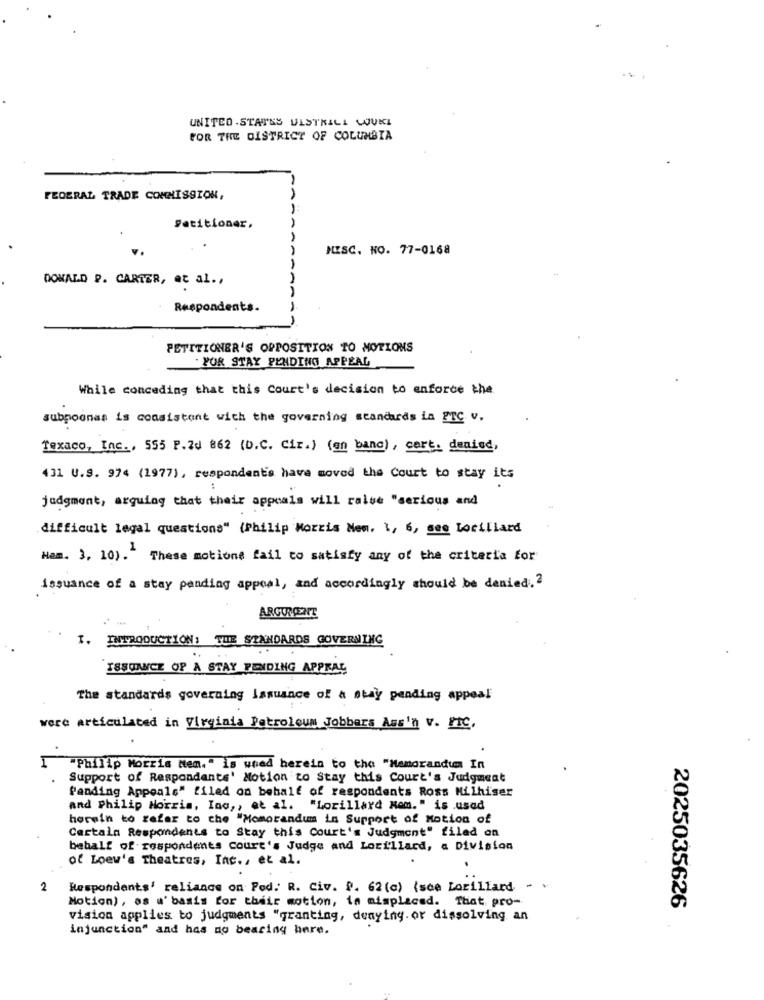
UNITED -STATES ULSTRILL LOVKL
FOR THE DISTRICT OF COLUMBIA
FEDERAL TRADE COMMISSION,
1
1
Petitioner.
MISC. NO. 77-0168
DONALD P. CARTER, et al .,
Respondents.
PETITIONER'S OPPOSITION TO MOTIONS
. FOR STAY PENDING APPEAL
While conceding that this Court's decision to enforce the
subpoones is consistent with the governing standards in ETC. v.
Texaco, Inc ., 555 P.20 862 (b.C. Cir.) (en banc), cert. denied,
431 U.S. 974 (1977), respondents have moved the Court to stay its
judgment, arguing that their appeals will raise "serious and
difficult legal questions" (Philip Morris Nem. 1, 6, see Lorillard
Ham. 3, 10).2
These motions fail to satisfy any of the criteria for
issuance of a stay pending appeal, and accordingly should be denied. 2
ARGTRONT
I. INTRODUCTION: THE STANDARDS GOVERNING
ISSUANCE OF A STAY PENDING APPRAL
The standards governing Issuance of a stay pending appeal
were articulated in Virginia Petroleum Jobbers Ass'n v. FIC,
"Philip Morris Nem." is used herein to the "Memorandum In
Support of Respondents' Motion to Stay this Court's Judgment
Panding Appeals" filed on behalf of respondents Ross Hilhiser
and Philip Morris, Inc ,, et al. "Lorillard Hem." is used
herwin to refer to the "Memorandum in Support of Motion of
Certain Respondents to Stay this Court's Judgment" filed on
behalf of respondents court's Judge and Lorillard, a Division
of Loew's Theatres, Inc ., et al.
2
Respondents' reliance on Pod: R. Civ. P. 62(c) (see Lorillard ..
Motion), os a' basis for their motion, in misplaced. That pro-
2025035626
vision applies to judgments "granting, denying. or dissolving an
injunction" and has no bearing here.